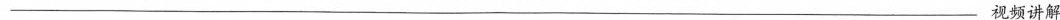
___视频讲解